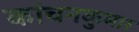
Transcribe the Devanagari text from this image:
कांचनकुमार